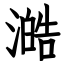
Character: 澔